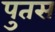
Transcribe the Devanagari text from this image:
पुतस